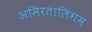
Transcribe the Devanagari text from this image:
अमिरतालिंगम